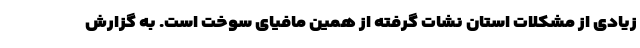
زیادی از مشکلات استان نشات گرفته از همین مافیای سوخت است. به گزارش